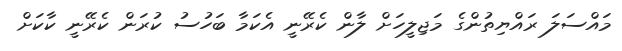
މައްސަލަ ރައްޔިތުންގެ މަޖިލީހަށް ލާން ކެރޭނީ އެކަމާ ބަހުސު ކުރަން ކެރޭނީ ކާކަށް